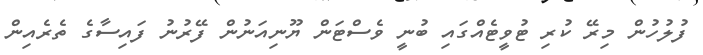
ފުލުހުން މިރޭ ކުރި ޓުވީޓެއްގައި ބުނީ ވެސްޓަން ޔޫނިއަނުން ފޭރުނު ފައިސާގެ ތެރެއިން